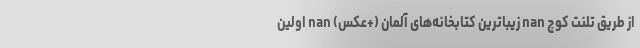
از طریق تلنت کوچ nan زیبا‌ترین کتابخانه‌های آلمان (+عکس) nan اولین